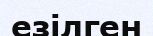
езілген